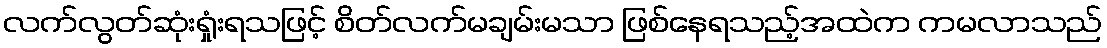
လက်လွတ်ဆုံးရှုံးရသဖြင့် စိတ်လက်မချမ်းမသာ ဖြစ်နေရသည့်အထဲက ကမလာသည်